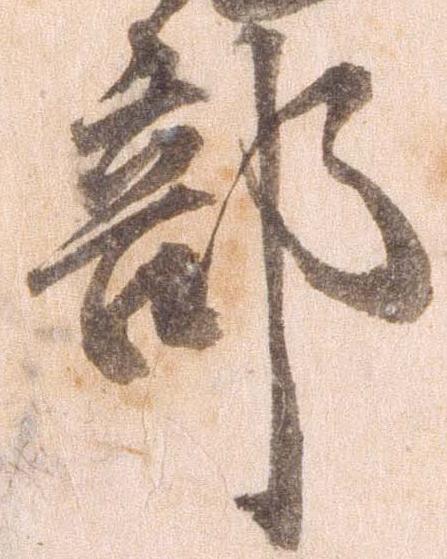
部